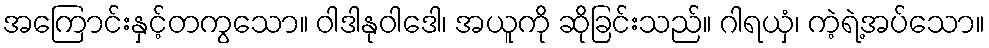
အကြောင်းနှင့်တကွသော။ ဝါဒါနုဝါဒေါ၊ အယူကို ဆိုခြင်းသည်။ ဂါရယှံ၊ ကဲ့ရဲ့အပ်သော။